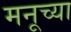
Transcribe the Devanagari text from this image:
मनूच्या